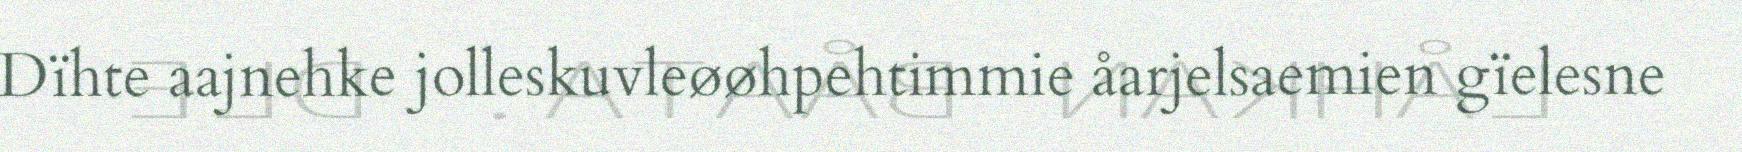
Dïhte aajnehke jolleskuvleøøhpehtimmie åarjelsaemien gïelesne